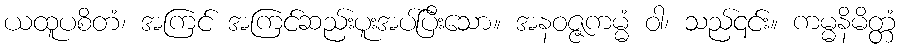
ယထူပစိတံ၊ အကြင် အကြင်ဆည်းပူးအပ်ပြီးသော။ အနဝဇ္ဇကမ္မံ ဝါ၊ သည်၎င်း။ ကမ္မနိမိတ္တံ